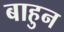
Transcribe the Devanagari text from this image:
बाहुन